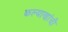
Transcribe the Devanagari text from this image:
कल्याणांची